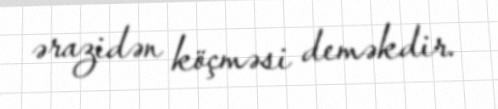
ərazidən köçməsi deməkdir.